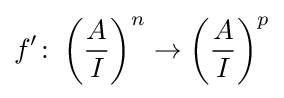
f'\colon \left({\frac {A}{I}}\right)^{n}\to \left({\frac {A}{I}}\right)^{p}